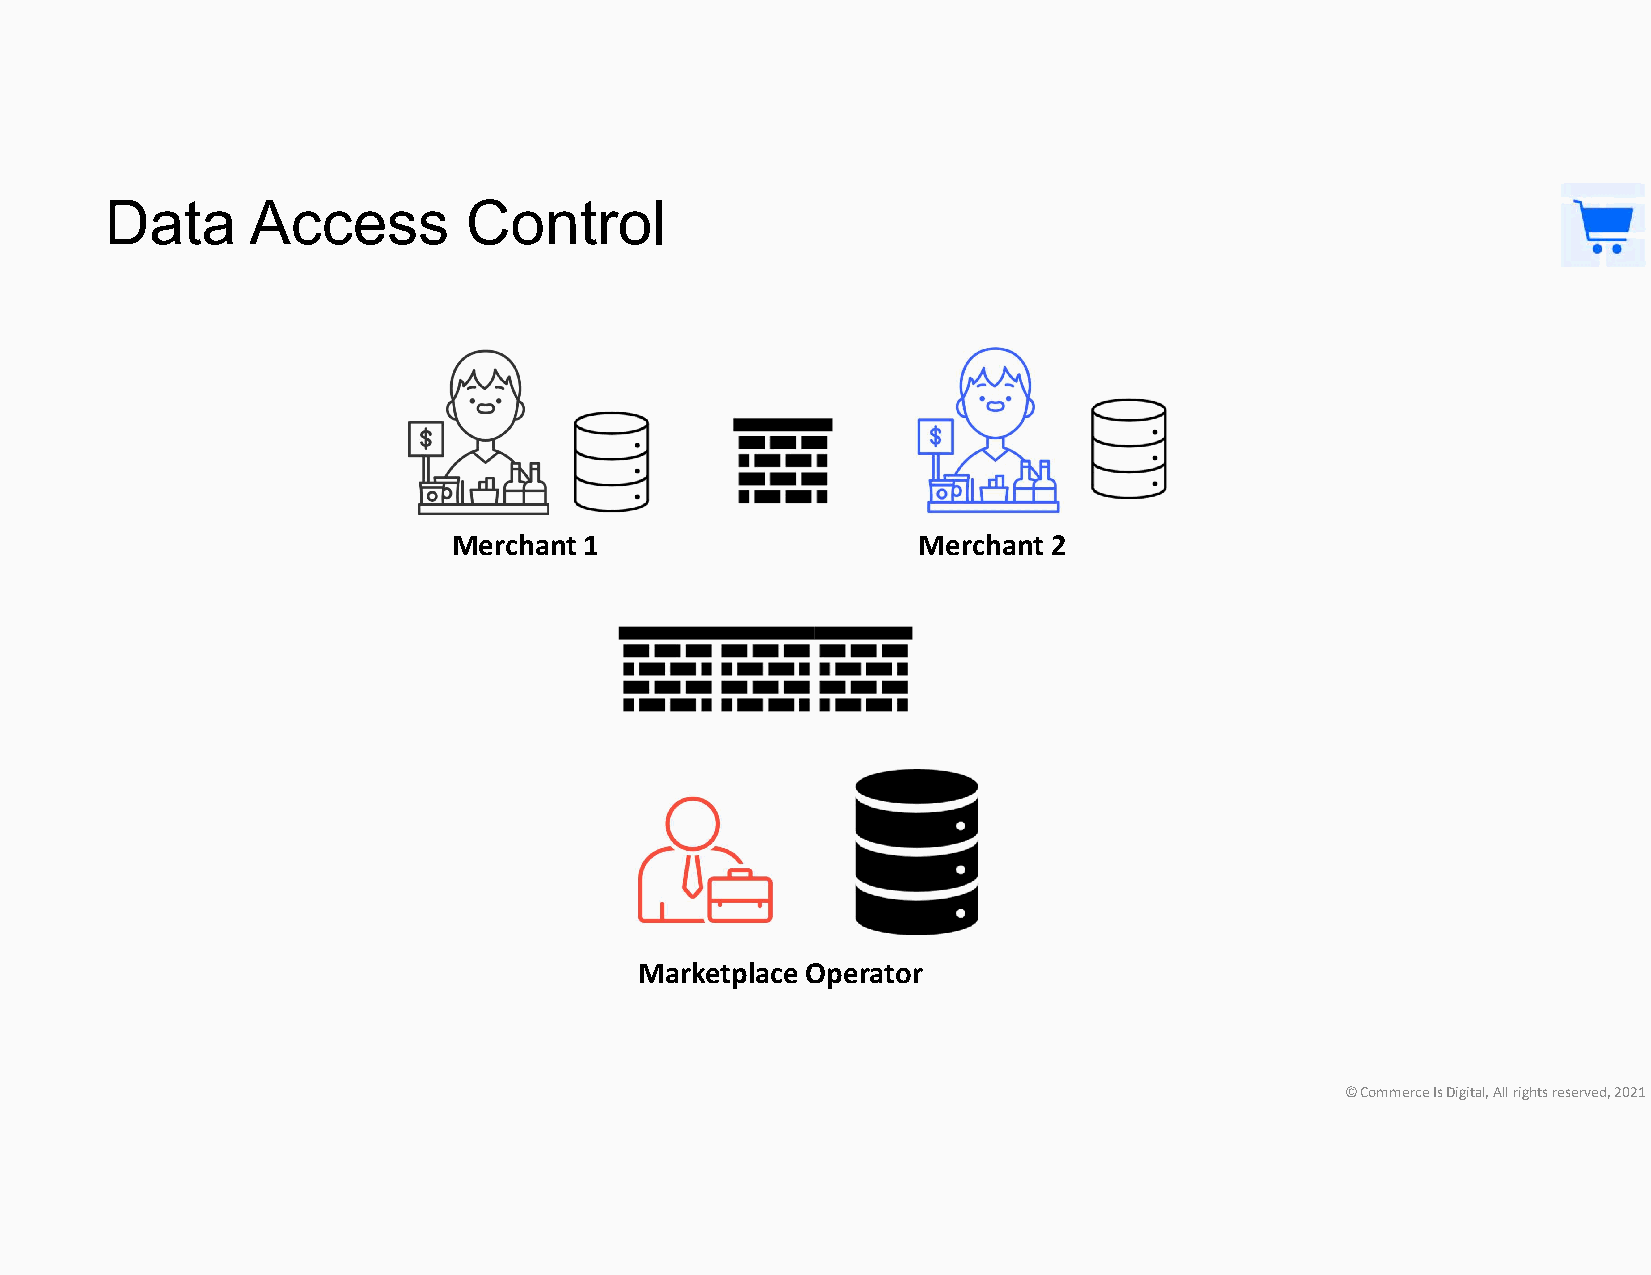
Data     Access         Control
 Merchant 1                     Merchant 2
 Marketplace Operator
 © Commerce Is Digital, All rights reserved, 2021